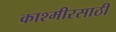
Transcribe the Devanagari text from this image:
काश्मीरसाठी